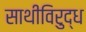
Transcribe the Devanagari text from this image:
साथीविरुद्ध